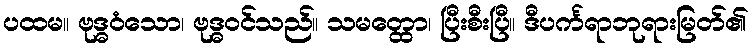
ပထမ။ ဗုဒ္ဓဝံသော၊ ဗုဒ္ဓဝင်သည်။ သမတ္ထော၊ ပြီးစီးပြီ။ ဒီပင်္ကရာဘုရားမြတ်၏